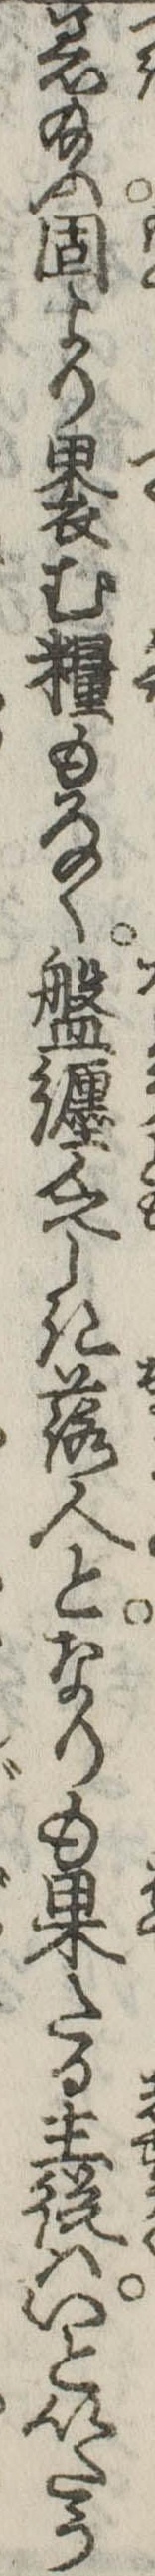
着給ふ固より褁む糧もなく盤纏乏しき落人となりも果たる主従はいといたう